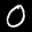
Label: 0